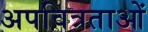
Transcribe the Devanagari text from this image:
अपवित्रताओं